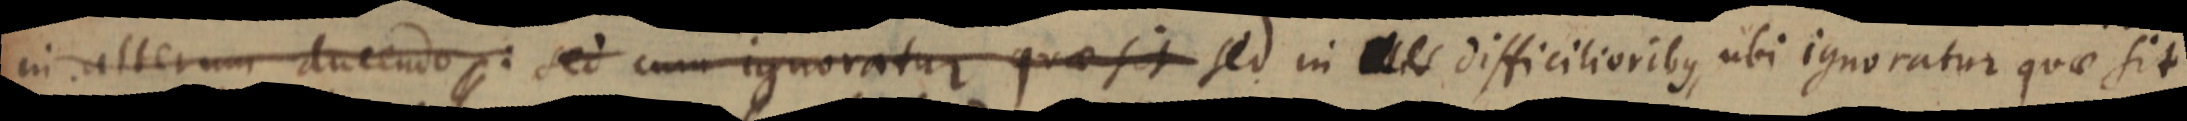
in alterum ducendo: sed cum ignoratur quae sit sed in difficilioribus, ubi ignoratur quae sit